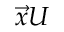
\vec { x } U